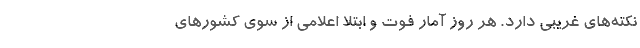
نکته‌های غریبی دارد. هر روز آمار فوت و ابتلا اعلامی از سوی کشورهای